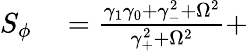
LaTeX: \begin{array}{rl}{S_{\phi}}&{{}=\frac{\gamma_{1}\gamma_{0}+\gamma_{-}^{2}+\Omega^{2}}{\gamma_{+}^{2}+\Omega^{2}}+}\end{array}